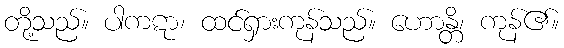
တို့သည်။ ပါကဋာ၊ ထင်ရှားကုန်သည်။ ဟောန္တိ၊ ကုန်၏။